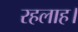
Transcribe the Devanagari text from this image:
रहलाह।